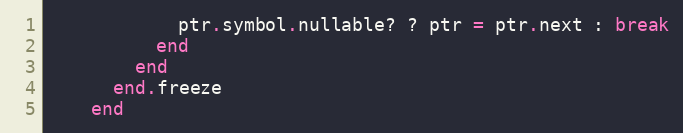
Language: Ruby
            ptr.symbol.nullable? ? ptr = ptr.next : break
          end
        end
      end.freeze
    end